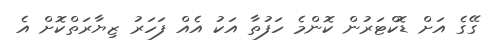
ގޭގެ އަށް ޑޮކްޓަރުން ކޮންމެ ހަފުތާ އަކު އެއް ފަހަރު ޒިޔާރަތްކޮށް އެ